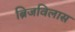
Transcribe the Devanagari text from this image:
ब्रिजविलास